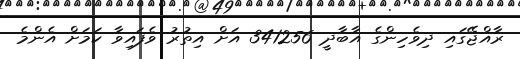
ރާއްޖޭގައި ދިވެހިންގެ އާބާދީ 341256 އަށް އިތުރު ވެފައިވާ ކަމަށް އެންމެ